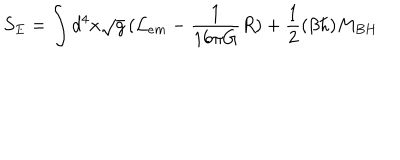
S _ { E } = \int d ^ { 4 } x \sqrt { g } \, ( { \cal L } _ { e m } - { \frac { 1 } { 1 6 \pi G } } R ) + { \frac { 1 } { 2 } } ( \beta \hbar ) M _ { B H }